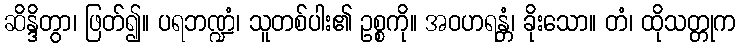
ဆိန္ဒိတွာ၊ ဖြတ်၍။ ပရဘဏ္ဍံ၊ သူတစ်ပါး၏ ဥစ္စကို။ အဝဟရန္တံ၊ ခိုးသော။ တံ၊ ထိုသတ္တုက